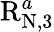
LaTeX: \mathrm{R}_{\mathrm{N},3}^{a}